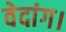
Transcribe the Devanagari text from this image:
वेदांग।